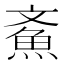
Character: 𩵳